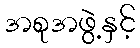
အစုအဖွဲ့နှင့်